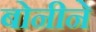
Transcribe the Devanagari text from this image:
बोनीने